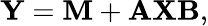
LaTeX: \mathbf{Y}=\mathbf{M}+\mathbf{A}\mathbf{X}\mathbf{B},